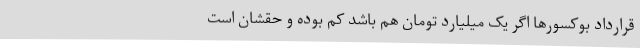
قرارداد بوکسورها اگر یک‌ میلیارد تومان هم باشد کم بوده و حقشان است